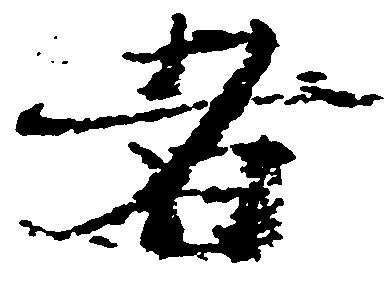
者